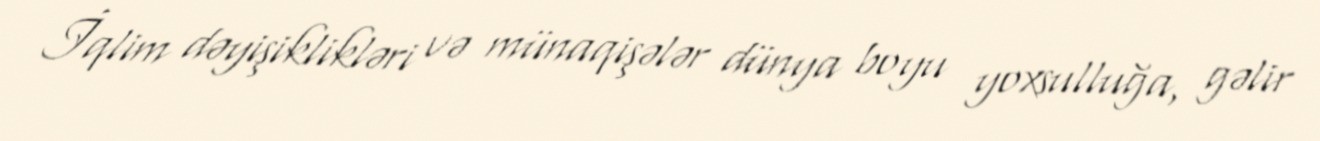
İqlim dəyişiklikləri və münaqişələr dünya boyu yoxsulluğa, gəlir